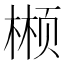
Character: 𬃲